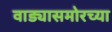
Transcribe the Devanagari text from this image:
वाड्यासमोरच्या